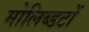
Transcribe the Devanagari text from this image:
मोलिब्डटों